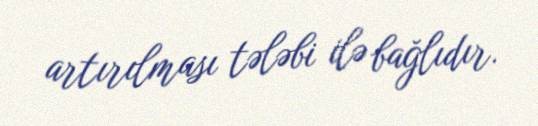
artırılması tələbi ilə bağlıdır.